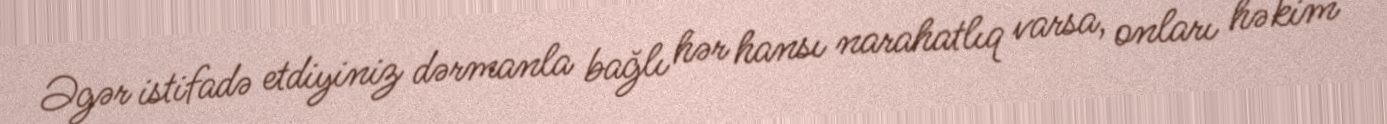
Əgər istifadə etdiyiniz dərmanla bağlı hər hansı narahatlıq varsa, onları həkim